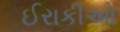
ઈરાકીઓ